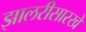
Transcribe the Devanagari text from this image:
झालरीसारखे